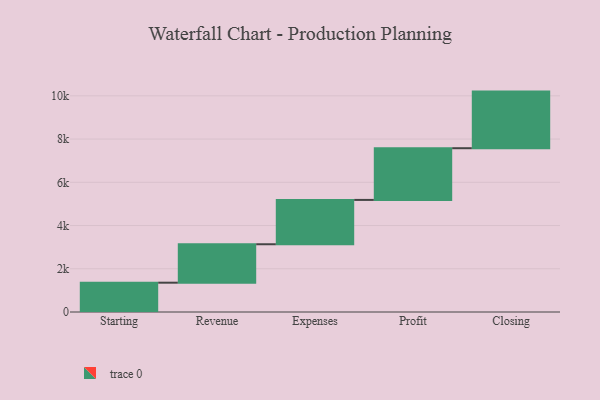
{"axis": {"x": "Step", "y": "Value"}, "legend": [""], "data": [{"x": "Starting", "y": 1356.0, "type": ""}, {"x": "Revenue", "y": 1778.0, "type": ""}, {"x": "Expenses", "y": 2051.0, "type": ""}, {"x": "Profit", "y": 2392.0, "type": ""}, {"x": "Closing", "y": 2619.0, "type": ""}]}